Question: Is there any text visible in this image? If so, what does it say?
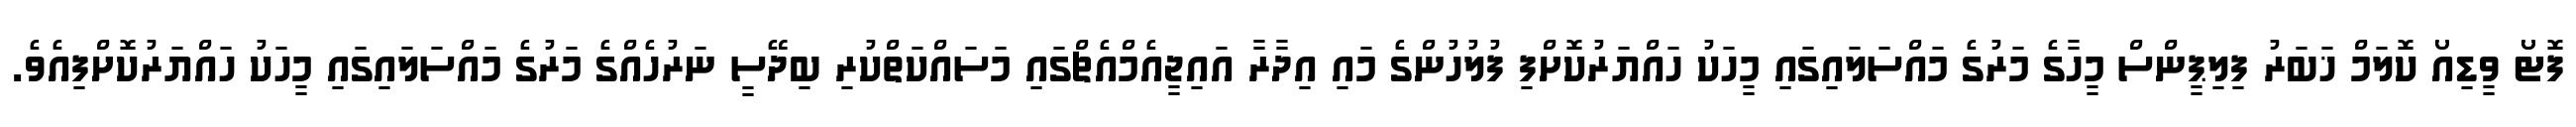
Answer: ފޮޓޯ ވީޑިއޯ ކޮލަމް ޚަބަރު ފިލިޕީންސް މީހާގެ މަރުގެ މައްސަލައިގައި މީހަކު ހައްޔަރުކޮށްފި ފުލުހުންގެ މައި އިދާރާ އައިޖީއެމްއެޗްގައި މަސައްކަތްކުރި ބިދޭސީ ނަރުހެއްގެ މަރުގެ މައްސަލައިގައި މީހަކު ހައްޔަރުކޮށްފިއެވެ.